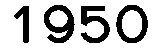
1950